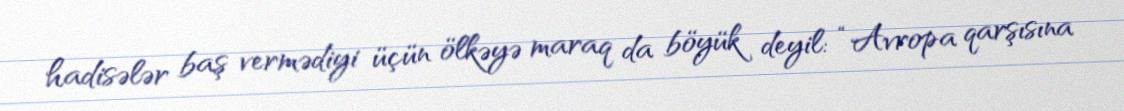
hadisələr baş vermədiyi üçün ölkəyə maraq da böyük deyil: “Avropa qarşısına